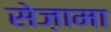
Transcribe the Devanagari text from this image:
सेज़ामा